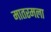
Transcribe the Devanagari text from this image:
मातरमला